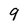
Character: 9